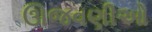
ઊજવણીઓ